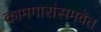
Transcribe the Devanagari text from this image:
कामगारांसमवेत